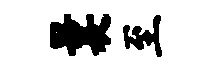
曩至